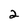
Character: 2